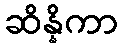
ဆိန္နိကာ